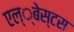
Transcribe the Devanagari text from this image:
एल्‍्बेस्टस